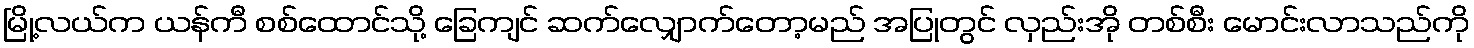
မြို့လယ်က ယန်ကီ စစ်ထောင်သို့ ခြေကျင် ဆက်လျှောက်တော့မည် အပြုတွင် လှည်းအို တစ်စီး မောင်းလာသည်ကို